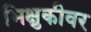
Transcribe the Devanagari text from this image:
भिक्षुकीवर